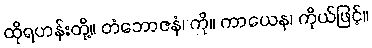
ထိုရဟန်းတို့။ တံဘောဇနံ၊ ကို။ ကာယေန၊ ကိုယ်ဖြင့်။